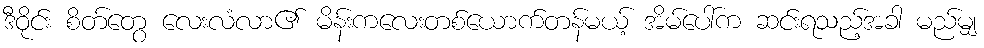
ဒီဝိုင်း စိတ်တွေ လေးလံလာ၏ မိန်းကလေးတစ်ယောက်တန်မယ့် အိမ်ပေါ်က ဆင်းရသည့်အခါ မည်မျှ